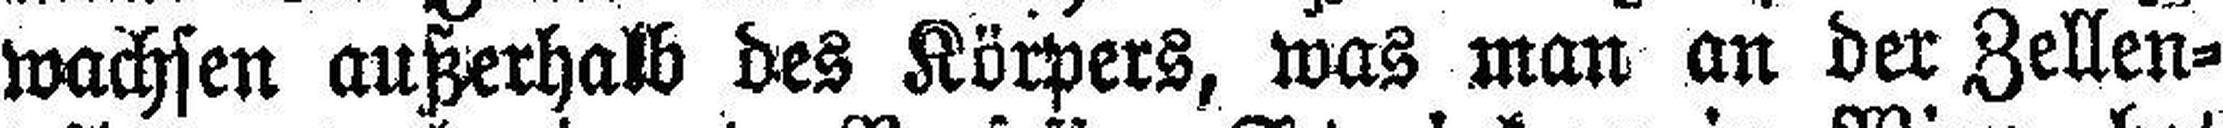
wachsen außerhalb des Körpers, was man an der Zellen¬